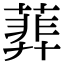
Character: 𦻥